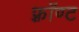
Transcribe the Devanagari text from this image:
फ़्रॉण्ट